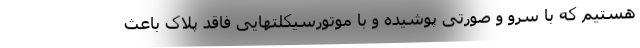
هستیم که با سرو و صورتی پوشیده و با موتورسیکلتهایی فاقد پلاک باعث